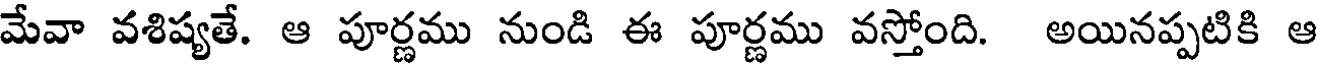
మేవా వశిష్యతే. ఆ పూర్ణము నుండి ఈ పూర్ణము వస్తోంది. అయినప్పటికి ఆ